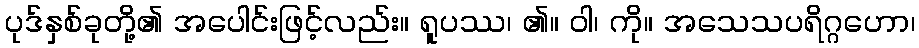
ပုဒ်နှစ်ခုတို့၏ အပေါင်းဖြင့်လည်း။ ရူပဿ၊ ၏။ ဝါ၊ ကို။ အသေသပရိဂ္ဂဟော၊